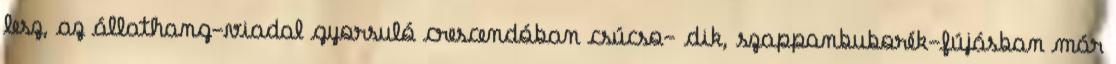
lesz, az állathang-viadal gyorsuló crescendóban csúcso- dik, szappanbuborék-fújásban már